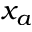
x _ { a }